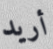
أريد